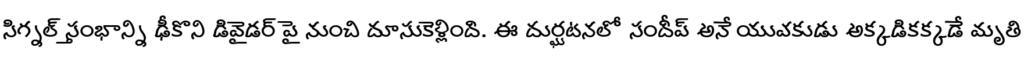
సిగ్నల్ స్తంభాన్ని ఢీకొని డివైడర్ పై నుంచి దూసుకెళ్లింది. ఈ దుర్ఘటనలో సందీప్ అనే యువకుడు అక్కడికక్కడే మృతి